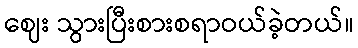
ဈေး သွားပြီးစားစရာဝယ်ခဲ့တယ်။